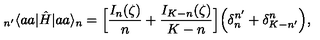
_ { n ^ { \prime } } \langle a a | \hat { H } | a a \rangle _ { n } = \Big [ \frac { I _ { n } ( \zeta ) } { n } + \frac { I _ { K - n } ( \zeta ) } { K - n } \Big ] \Big ( \delta _ { n } ^ { n ^ { \prime } } + \delta _ { K - n ^ { \prime } } ^ { n } \Big ) ,